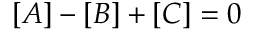
[ A ] - [ B ] + [ C ] = 0